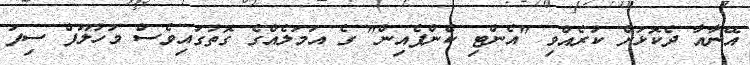
އޭނާއާ ދެކޮޅަށް ކުރެއްވި "އެންޓި ކެންޕެއިން" ގެ އަމަލެއްގެ ގޮތުގައިވެސް މަހުލޫފް ސިފަ